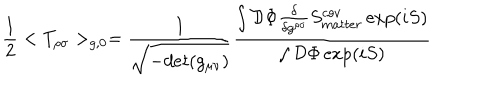
LaTeX: { \frac { 1 } { 2 } } < T _ { \rho \sigma } > _ { g , 0 } = { \frac { 1 } { \sqrt { - d e t ( g _ { \mu \nu } ) } } } \frac { \int { \cal D } \Phi { \frac { \delta } { \delta g ^ { \rho \sigma } } } S _ { m a t t e r } ^ { c o v } \exp ( i S ) } { \int { \cal D } \Phi \exp ( i S ) }